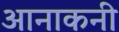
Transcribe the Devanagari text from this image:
आनाकनी